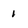
Character: 1